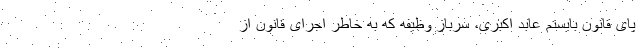
پای قانون بایستم عابد اکبری، سرباز وظیفه که به خاطر اجرای قانون از